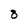
Character: 8